Leaving Certificate Examination (including Day School Certificate (Higher) General paper), 1933
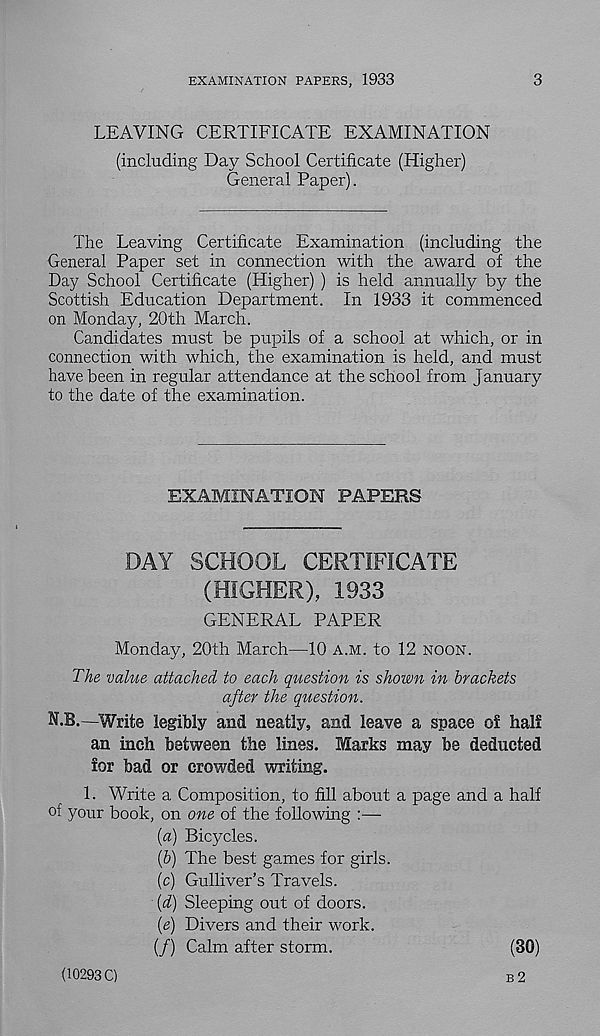
EXAMINATION PAPERS, 1933
3
LEAVING CERTIFICATE EXAMINATION
(including Day School Certificate (Higher)
General Paper).
The Leaving Certificate Examination (including the
General Paper set in connection with the award of the
Day School Certificate (Higher) ) is held annually by the
Scottish Education Department. In 1933 it commenced
on Monday, 20th March.
Candidates must be pupils of a school at which, or in
connection with which, the examination is held, and must
have been in regular attendance at the school from January
to the date of the examination.
EXAMINATION PAPERS
DAY SCHOOL CERTIFICATE
(HIGHER), 1933
GENERAL PAPER
Monday, 20th March—10 A.M. to 12 NOON.
The value attached to each question is shown in brackets
after the question.
N.B.—Write legibly and neatly, and leave a space of half
an inch between the lines. Marks may be deducted
for bad or crowded writing.
1. Write a Composition, to fill about a page and a half
of your book, on one of the following :—
[a) Bicycles.
(&) The best games for girls.
(c) Gulliver’s Travels.
(d) Sleeping out of doors.
(e) Divers and their work.
(/) Calm after storm.
(30)
B 2
(10293 C)